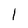
Character: l